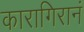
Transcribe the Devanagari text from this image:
कारागिरानं